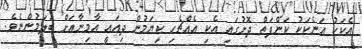
އެކަކު އަނެކަކު ކަންފަތް ދޮށުގައި އެކި އެއްޗެހި ކިޔަމުން ދިއައީ އާމިނާއަށް ބަލަމުންނެވެ.